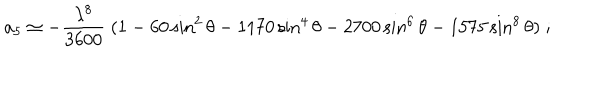
a _ { 5 } \simeq - { \frac { \lambda ^ { 8 } } { 3 6 0 0 } } \; ( 1 - 6 0 \sin ^ { 2 } \theta - 1 1 7 0 \sin ^ { 4 } \theta - 2 7 0 0 \sin ^ { 6 } \theta - 1 5 7 5 \sin ^ { 8 } \theta ) \; ;